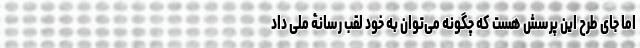
اما جای طرح این پرسش هست که چگونه می‌توان به خود لقب رسانۀ ملی داد